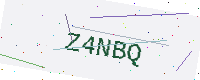
Text: Z4NBQ